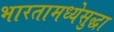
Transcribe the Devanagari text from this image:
भारतामध्येसुद्धा